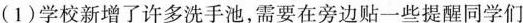
(1)学校新增了许多洗手池，需要在旁边贴一些提醒同学们